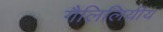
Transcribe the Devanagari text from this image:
गैलिलियीय